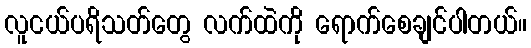
လူငယ်ပရိသတ်တွေ လက်ထဲကို ရောက်စေချင်ပါတယ်။